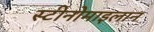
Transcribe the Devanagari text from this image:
स्टीनोमाइलान